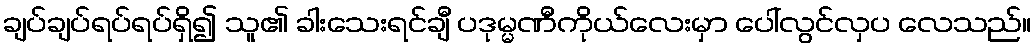
ချပ်ချပ်ရပ်ရပ်ရှိ၍ သူ၏ ခါးသေးရင်ချီ ပဒုမ္မဏီကိုယ်လေးမှာ ပေါ်လွင်လှပ လေသည်။